Treatise on elephants
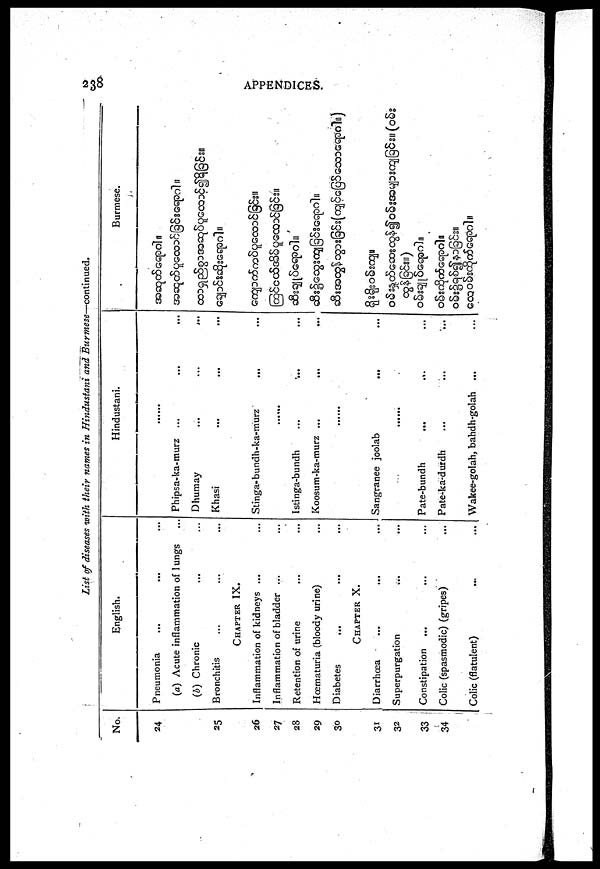
238
APPENDICES.
List of diseases with their names in Hindustani and Burmese—continued.
No.
24
25
26
27
28
29
30
31
32
33
34
English.
Pneumonia ... ... ...
(a) Acute inflammation of lungs ...
(b) Chronic ... ...
Bronchitis ... ... ...
CHAPTER
IX.
Inflammation of kidneys ... ...
Inflammation of bladder ... ...
Retention of urine ... ...
Hœmaturia (bloody urine) ...
Diabetes
...
...
...
CHAPTER
X.
Diarrhœa ... ... ...
Superpurgation ... ...
Constipation ... ... ...
Colic (spasmodic) (gripes) ...
Colic (flatulent) ... ...
Hindustani.
.......
Phipsa-ka-murz ... ... ...
Dhumay
...
...
...
Khasi ... ... ...
Stinga-bundh-ka-murz ... ...
.......
Istinga-bundh ... ... ...
Koosum-ka-murz
...
...
...
..........
Sangranee joolab ... ...
.........
Pate-bundh ... ... ...
Pate-ka-durdh ... ... ...
Wakee-golah, bahdh-golah ... ...
Burmese.